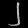
Digit: ၂